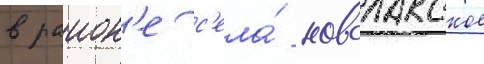
в раион'е с'ела́ новолакское